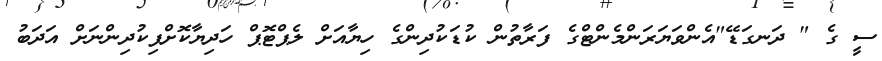
ސީ ގެ " ދަނގަޑޭ"އެންވަޔަރަންމެންޓްގެ ފަރާތުން ކުޑަކުދިންގެ ހިޔާއަށް ލެޕްޓޮޕް ހަދިޔާކޮށްފިކުދިންނަށް އަދަބު